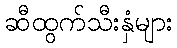
ဆီထွက်သီးနှံများ